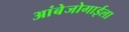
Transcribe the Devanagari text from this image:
आंबेजोगाईला